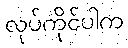
လုပ်ကိုင်ပါက